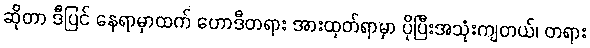
ဆိုတာ ဒီပြင် နေရာမှာထက် ဟောဒီတရား အားထုတ်ရာမှာ ပိုပြီးအသုံးကျတယ်၊ တရား